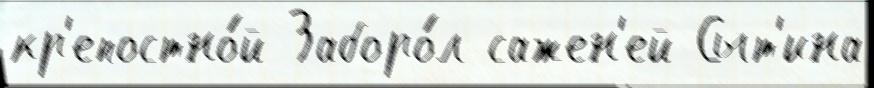
кр'епостно́й Заборо́л сажен'ей Сыт'ина